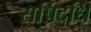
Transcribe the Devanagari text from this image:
सर्पिदधि